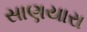
સાણયારા